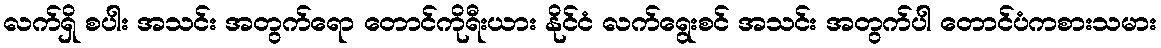
လက်ရှိ စပါး အသင်း အတွက်ရော တောင်ကိုရီးယား နိုင်ငံ လက်ရွေးစင် အသင်း အတွက်ပါ တောင်ပံကစားသမား